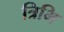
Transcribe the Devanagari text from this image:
त्रिभि